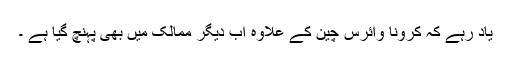
یاد رہے کہ کرونا وائرس چین کے علاوہ اب دیگر ممالک میں بھی پہنچ گیا ہے ۔